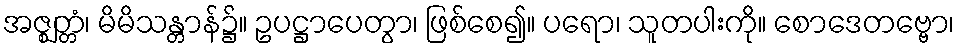
အဇ္ဈတ္တံ၊ မိမိသန္တာန်၌။ ဥပဋ္ဌာပေတွာ၊ ဖြစ်စေ၍။ ပရော၊ သူတပါးကို။ စောဒေတဗ္ဗော၊